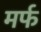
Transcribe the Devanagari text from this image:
मर्फ